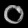
Digit: ၀